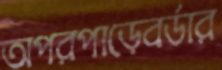
অপরপাড়েবর্ডার